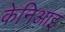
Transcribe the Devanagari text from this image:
केनिआइ